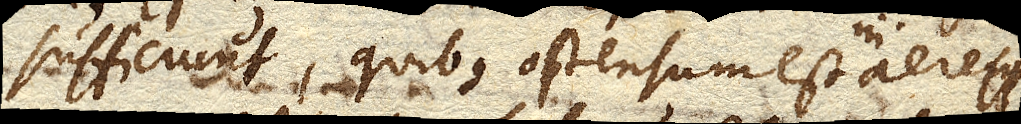
sufficiunt, quibus ostensum est in aere